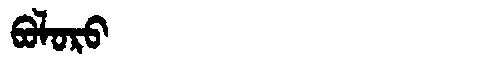
Manchu: ᠪᠣᠯᠣᡵᠣ
Romanization: BOLORO